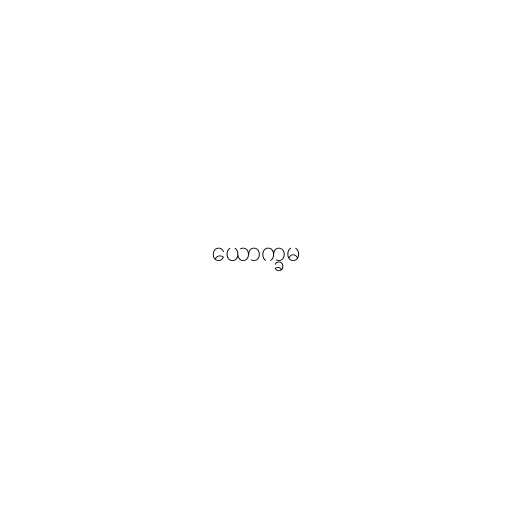
ယောက္ခမ